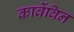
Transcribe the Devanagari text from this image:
कार्वेविन